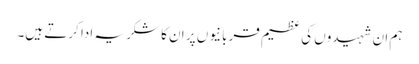
ہم ان شہیدوں کی عظیم قربانیوں پر ان کا شکریہ ادا کرتے ہیں۔